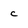
Character: c